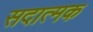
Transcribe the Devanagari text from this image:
सदात्मक